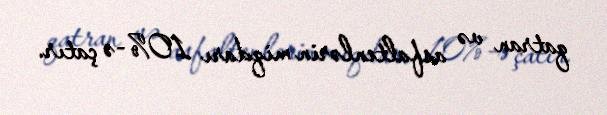
qatran və asfaltenlərin miqdarı 10%-ə çatır.